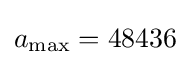
a_{\mathrm {max} }=48436